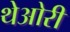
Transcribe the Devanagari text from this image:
थेओरी